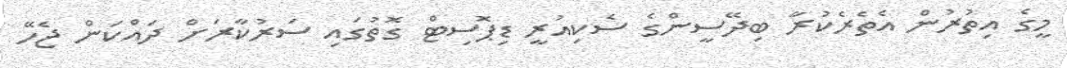
މީގެ އިތުރުން އެތެރެކުރާ ބިދޭސީންގެ ސެކިއުރީ ޑިޕޮސިޓް ގޮތުގައި ސަރުކާރަށް ދައްކަން ޖެހޭ